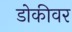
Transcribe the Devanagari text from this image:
डोकीवर